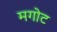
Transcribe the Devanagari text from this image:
मगोट